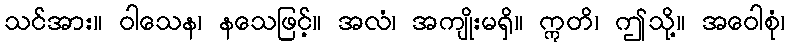
သင်အား။ ဝါသေန၊ နသေဖြင့်။ အလံ၊ အကျိုးမရှိ။ ဣတိ၊ ဤသို့။ အဝေါစုံ၊